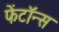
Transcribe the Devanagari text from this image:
फेंटॉन्स